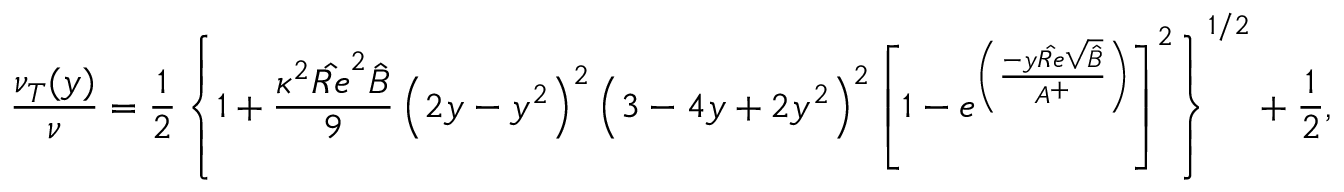
\frac { \nu _ { T } ( y ) } { \nu } = \frac { 1 } { 2 } \left\{ 1 + \frac { \kappa ^ { 2 } { \hat { R e } } ^ { 2 } \hat { B } } { 9 } \left( 2 y - y ^ { 2 } \right) ^ { 2 } \left( 3 - 4 y + 2 y ^ { 2 } \right) ^ { 2 } \left[ 1 - e ^ { \left( \frac { - y \hat { R e } \sqrt { \hat { B } } } { A ^ { + } } \right) } \right] ^ { 2 } \right\} ^ { 1 / 2 } + \frac { 1 } { 2 } \mathrm { , }